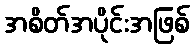
အစိတ်အပိုင်းအဖြစ်